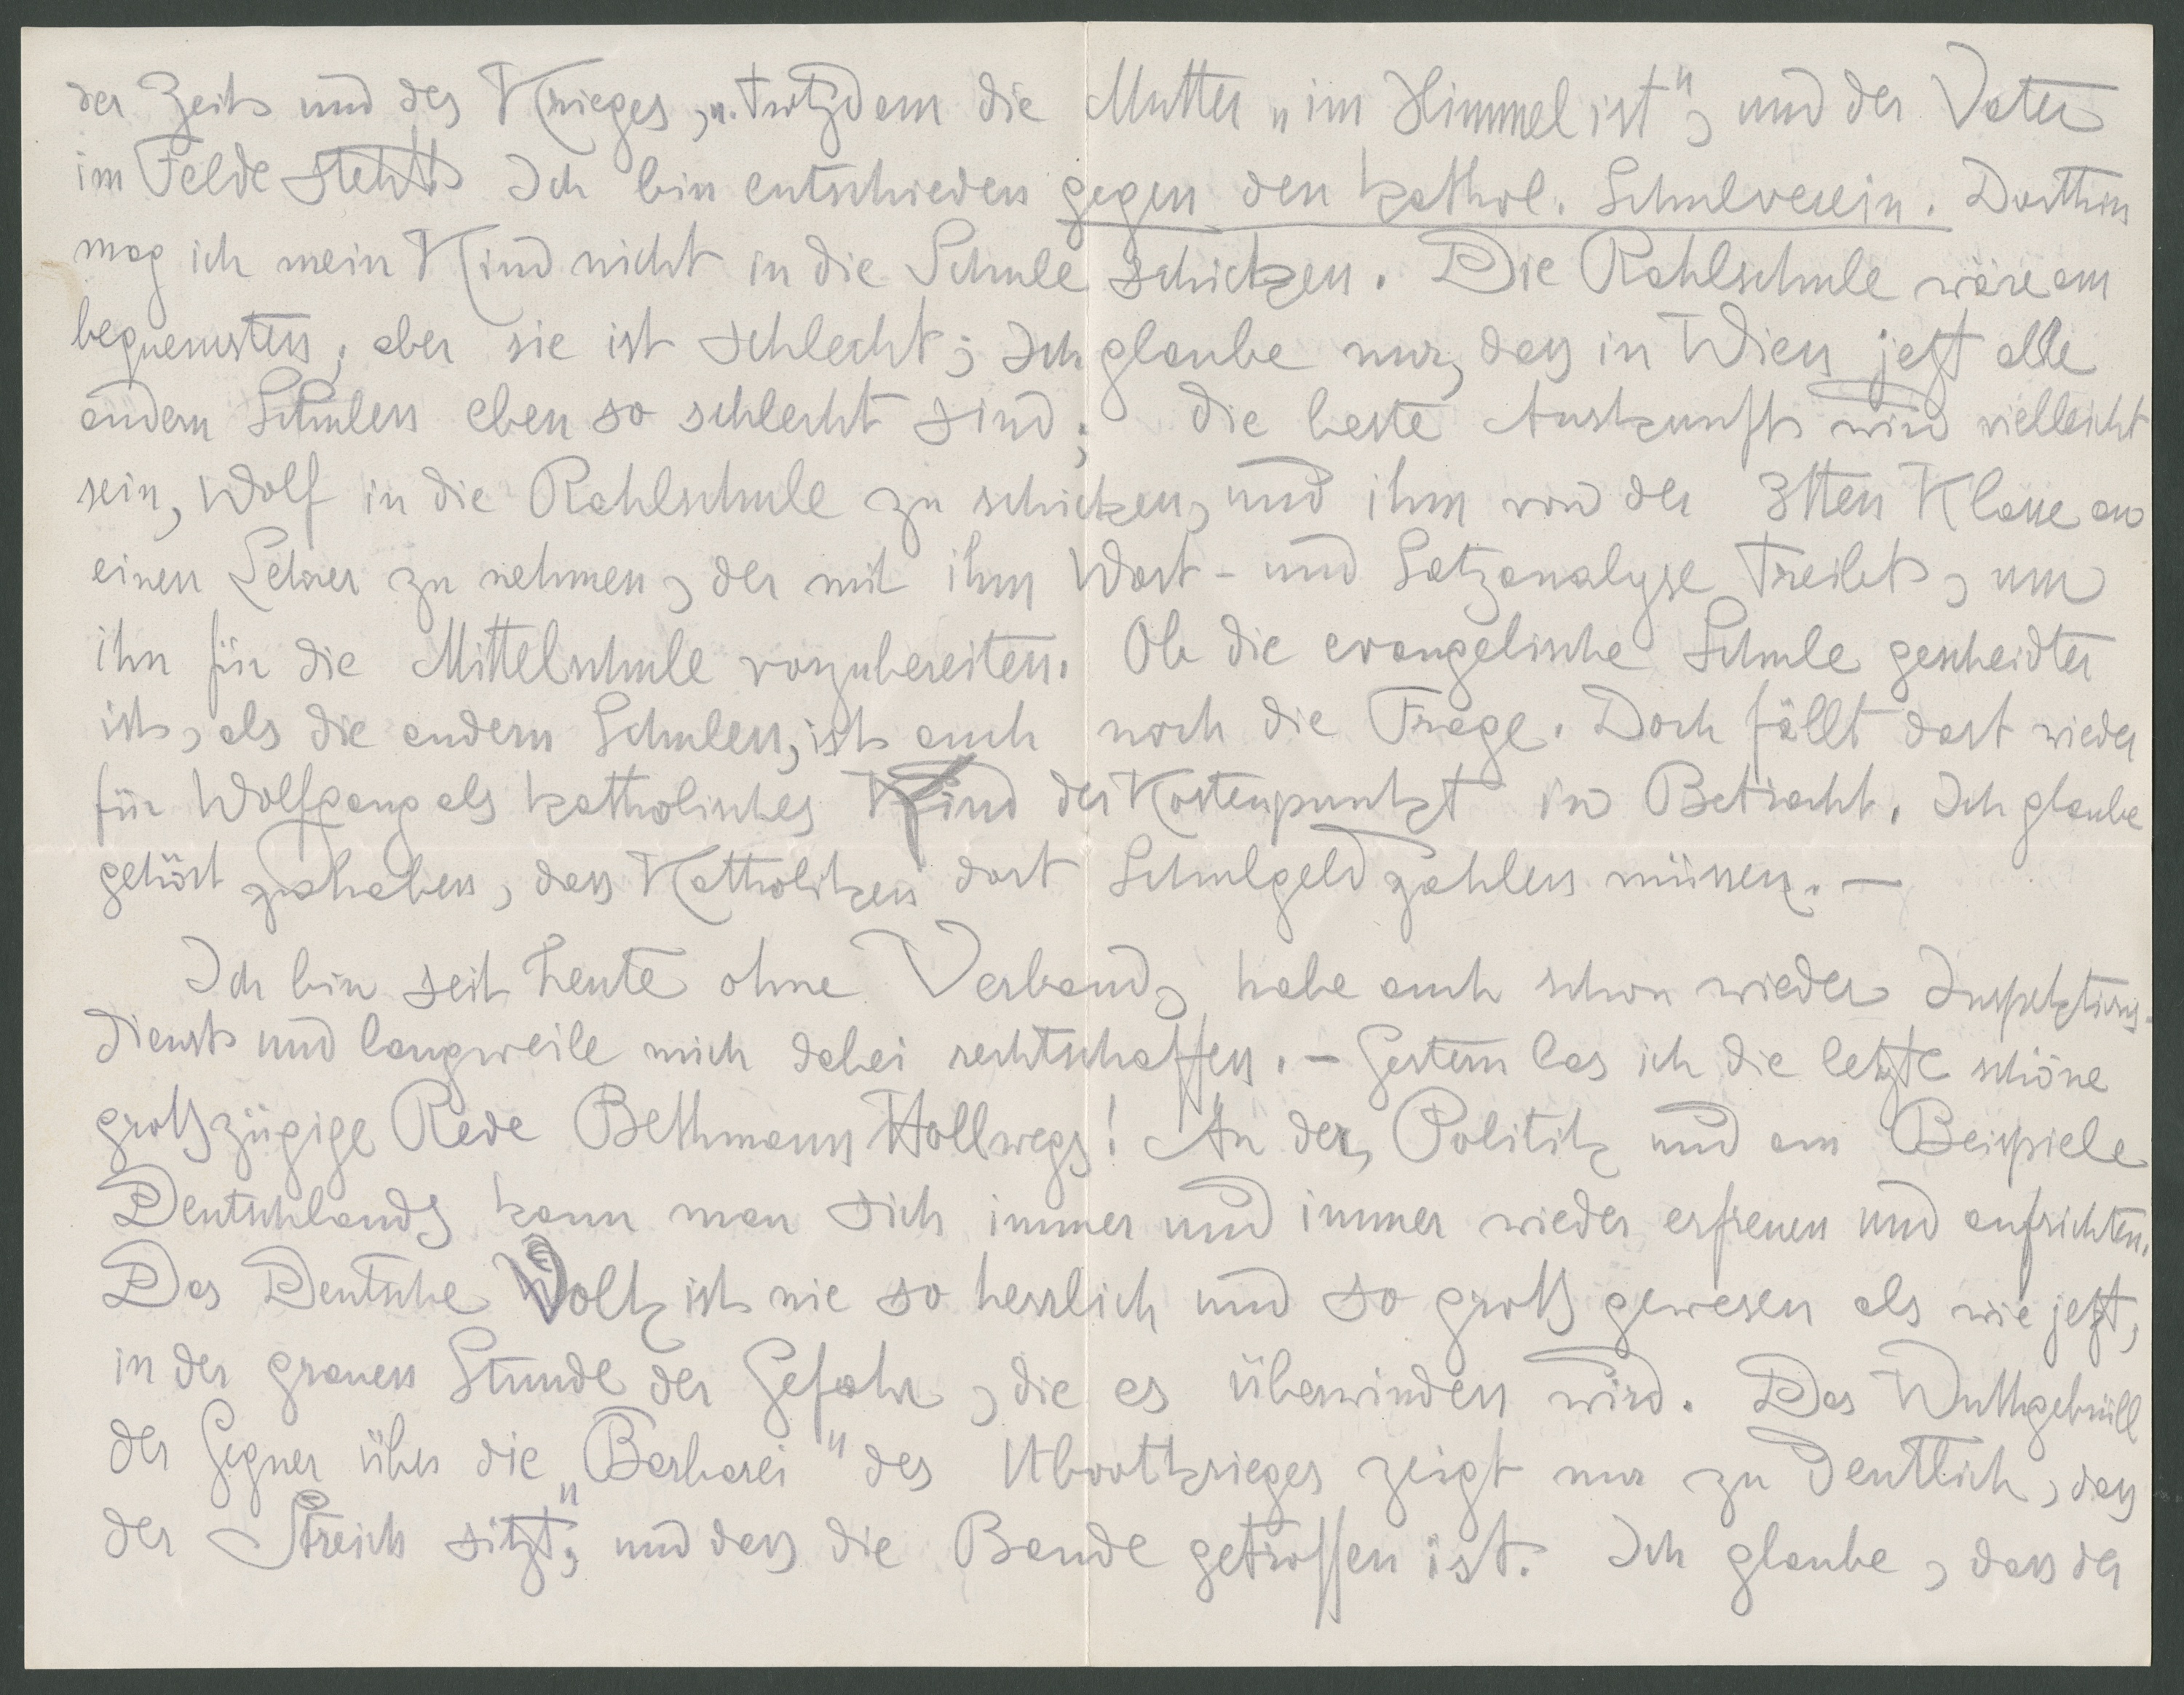
der Zeit und des Krieges, trotzdem die Mutter "im Himmel ist", und der Vater
im Felde steht! Ich bin entschieden gegen den kathol. Schulverein. Dorthin
mag ich mein kind nicht in die Schule schicken. Die Rahlschule wäre am
bequemsten, aber sie ist schlecht; ich glaube nur, dass in Wien jetzt alle
andern Schulen eben so schlecht sind; die beste Auskunft wird vielleicht
seom, Wolf in die Rahlschule zu schicken, und ihm von der 3ten Klasse an
einen Lehrer zu nehmen, der mit ihm Wort- und Satzanalyse treibt, um
ihn für die Mittelschule vorzubereiten. Ob die evangelische Schule gescheiter
ist, als die andern Schulen, ist auch noch die Frage. Doch fällt dort wieder
für Wolfgang als katholisches Kind der Kostenpunkt in Betracht. Ich glaube
gehört zu haben, dass Katholiken dort Schulgeld zahlen müssen.
Ich bin seit heute ohne Verband, habe auch schon wieder Inspektions-
dienst und langweile mich dabei rechtschaffen. - Gestern las ich die letzte schöne
großzügige Rede Bethmann Hollwegs! An der Politik und am Beispiele
Deutschlands kann man sich immer und immer wieer erfreuen und aufrichten.
Das Deutsche Volk ist nie si herrlich und so groß gewesen als wie jetzt,
in der gruane Stunde der Gefahr, die es überwinden wird. Das Wuthgebrüll
der Gegner über die "Barbarei" des Ubootkrieges zeigt nur zu deutlich, dass
der Streich sitzt, und dass die Bande getroffen ist- Ich glaube, dass der